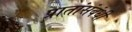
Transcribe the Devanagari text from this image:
प्रातांसंबंधी